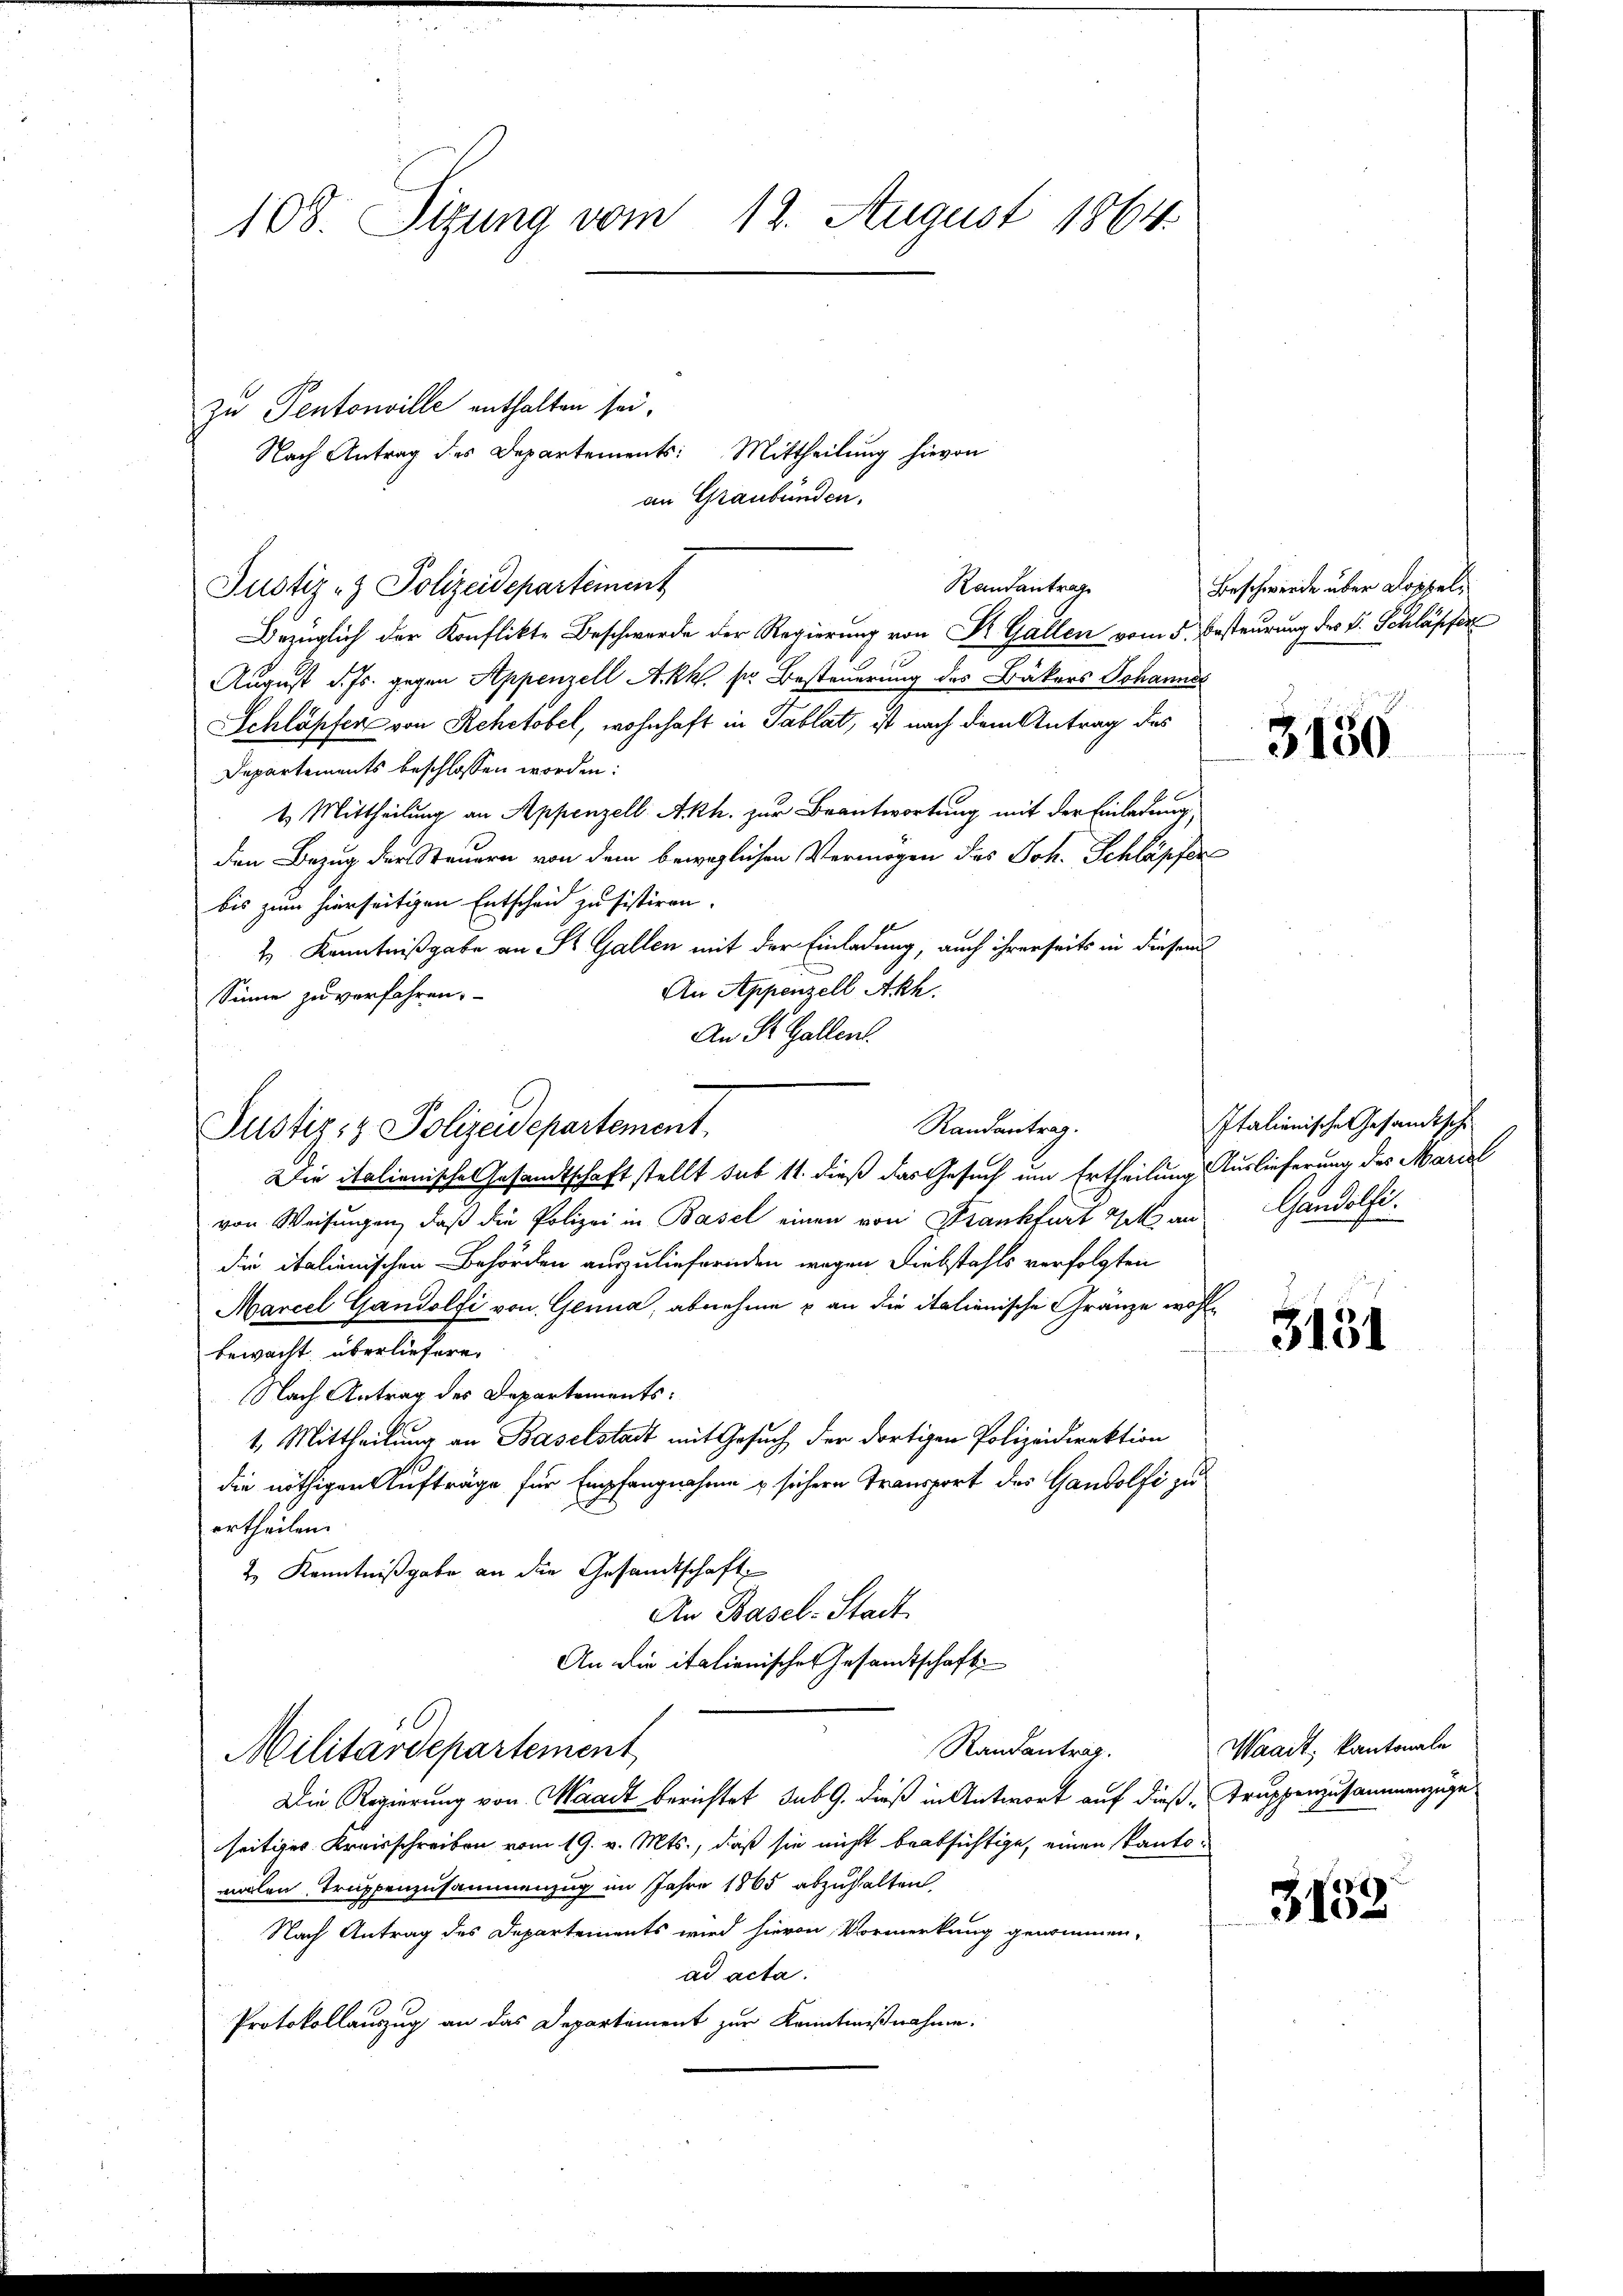
Randantrag
Justiz- & Polizeidepartement

108. Sitzung vom 12. August 1864.
zu Pentonville enthalten sei.
Nach Antrag des Departements: Mittheilung hievon
an Graubünden.

Bezüglich der Konflikte Beschwerde der Regierung von Dr. Gallen vom 5. Besteurung des V. Schläpfer
August d. Js. gegen Appenzell Akk. sr Besteuerung des Bäkers Johannd
Schläpfer von Rehctobel, wohnhaft in Tablat, ist nach dem Antrag des
Departements beschlossen worden:
4 Mittheilung an Appenzell Akh. zur Beantwortung mit der Einladung
den Bezug der Steuern von dem beweglichen Vermögen des Joh. Schläpfer
bis zum hierseitigen Entscheid zu sistiren.
t Kenntnißgabe an St. Gallen mit der Einladung, auch ihrerseits in diesem
An Appenzell Akh.
Sinne zu verfahren.
An St. Gallen.

Randantrag.
Justiz & Polizeidepartement
Die italienisches Gesamtschaft stellt sub 11. dieß das Gesuch um Ertheilung Auslieferung des Mariel

von Weisungen, daß die Polizei in Basel einen von Frankfurt Vek andie italienischen Behörden auszuliefernden wegen Diebstahls verfolgten
Marcel Gandolfi von Genua, abnehme & an die italienische Gränze wohlbewacht überliefere.
Nach Antrag des Departements:
1. Mittheilung an Baselstadt mit Gesuch der dortigen Polizeidirektion
die nöthigen Aufträge für Empfangnahme & sichern Transport des Gandolfi zu
ertheilen.
2. Kenntnißgabe an die Gesandtschaft
An Basel-Stadt
An die italienisches Gesandtschaft
Randantrag.
Militärdepartement
Die Regierung von Waadt berichtet sub 9. dieß in Antwort auf dieß-Truppenzusammenzüge
seitiges Kreisschreiben vom 19. v. Mts., daß sie nicht beabsichtige, einen kantomalen Truppenzusammenzug im Jahre 1865 abzuhalten,
Nach Antrag des Departements wird hievon Vormerkung genommen,
ad acta.
Protokollauszug an das Departement zur Kenntnißnahme.

Italienische Gesandtsch
Gandolfi

3150

3131

3132

Beschwerde über Koppel¬

Waadt, kantonale